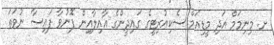
ށ. މިނިމަމް އަދި މީޑިއަމް ސެކިއުރިޓީގެ ގައިދީންގެ އާއިލާއިން ފޮނުވާ ފައިސާ ނުވަތަ